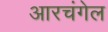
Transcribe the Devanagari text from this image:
आरचंगेल